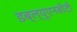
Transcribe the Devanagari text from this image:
डब्ल्यूएनबीटी